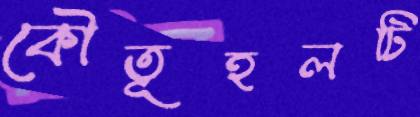
কৌতূহলটি